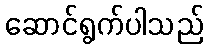
ဆောင်ရွက်ပါသည်